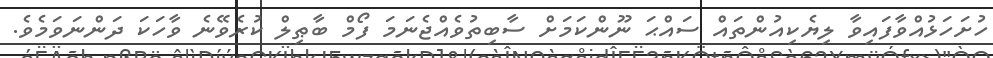
ހުށަހަޅުއްވާފައިވާ ލިޔެކިއުންތައް ސައްޙަ ނޫންކަމަށް ސާބިތުވެއްޖެނަމަ ފޯމް ބާޠިލް ކުރެވޭނެ ވާހަކަ ދަންނަވަމެވެ.